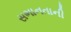
સભાનતાની